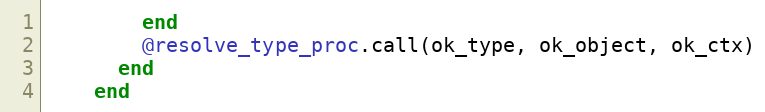
Language: Ruby
        end
        @resolve_type_proc.call(ok_type, ok_object, ok_ctx)
      end
    end